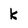
Character: k